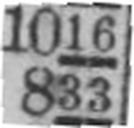
833